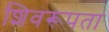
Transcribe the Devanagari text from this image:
शिवरूपता